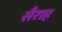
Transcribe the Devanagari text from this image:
सैराह